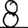
Digit: 8